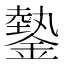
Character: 𨫔